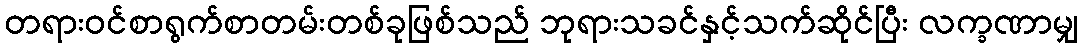
တရားဝင်စာရွက်စာတမ်းတစ်ခုဖြစ်သည် ဘုရားသခင်နှင့်သက်ဆိုင်ပြီး လက္ခဏာမျှ